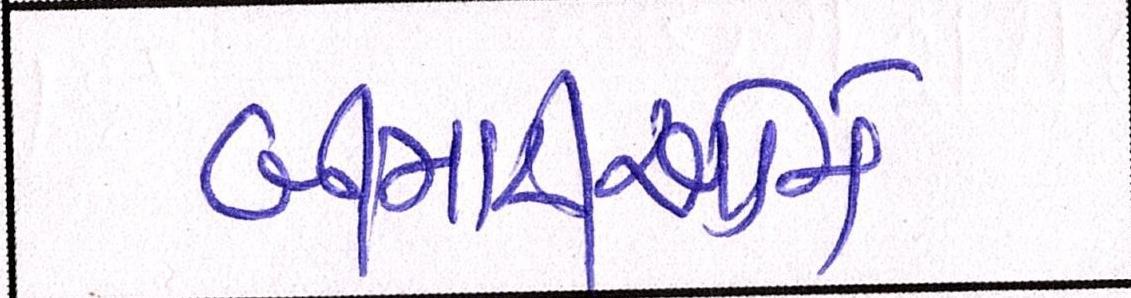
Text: બીમારીઓને